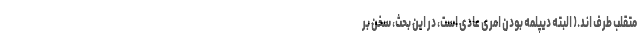
متقلب طرف اند.( البته دیپلمه بودن امری عادی است، در این بحث، سخن بر